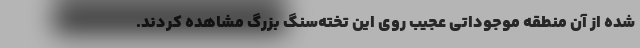
شده از آن منطقه موجوداتی عجیب روی این تخته‌سنگ بزرگ مشاهده کردند.